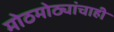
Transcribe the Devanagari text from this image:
मोठमोठ्यांचाही